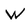
Character: W